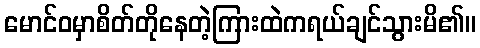
မောင်ဝမှာစိတ်တိုနေတဲ့ကြားထဲကရယ်ချင်သွားမိ၏။